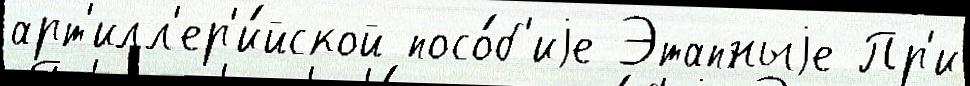
арт'илл'ер'и́йской посо́б'иjе Этапныjе Пр'и